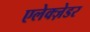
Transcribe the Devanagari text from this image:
एलेक्ज़ेडर